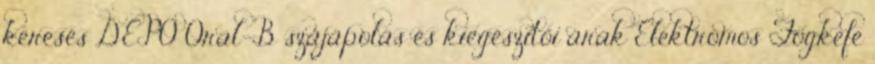
keresés DEPO Oral-B szájápolás és kiegészítői árak Elektromos Fogkefe